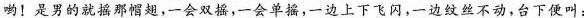
哟!是男的就摇那帽翅,一会双摇,一会单摇,一边上下飞闪，一边纹丝不动，台下便叫: